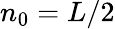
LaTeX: n_{0}=L/2